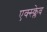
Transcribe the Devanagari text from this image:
एक्स्क्लेव